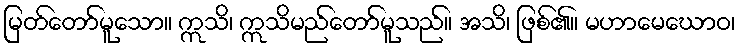
မြတ်တော်မူသော။ ဣသိ၊ ဣသိမည်တော်မူသည်။ အသိ၊ ဖြစ်၏။ မဟာမေဃောဝ၊